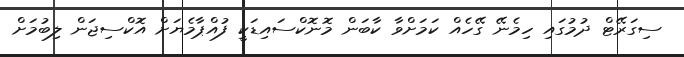
ސިގަރޭޓް ދުމުގައި ހިމެނޭ ގޭހެއް ކަމަށްވާ ކާބަން މޮނޮކްސައިޑަކީ ފުއްޕާމެޔަށް އޮކްސިޖަން ލިބުމަށް